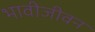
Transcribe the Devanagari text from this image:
भावीजीवन